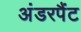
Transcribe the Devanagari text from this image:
अंडरपैंट